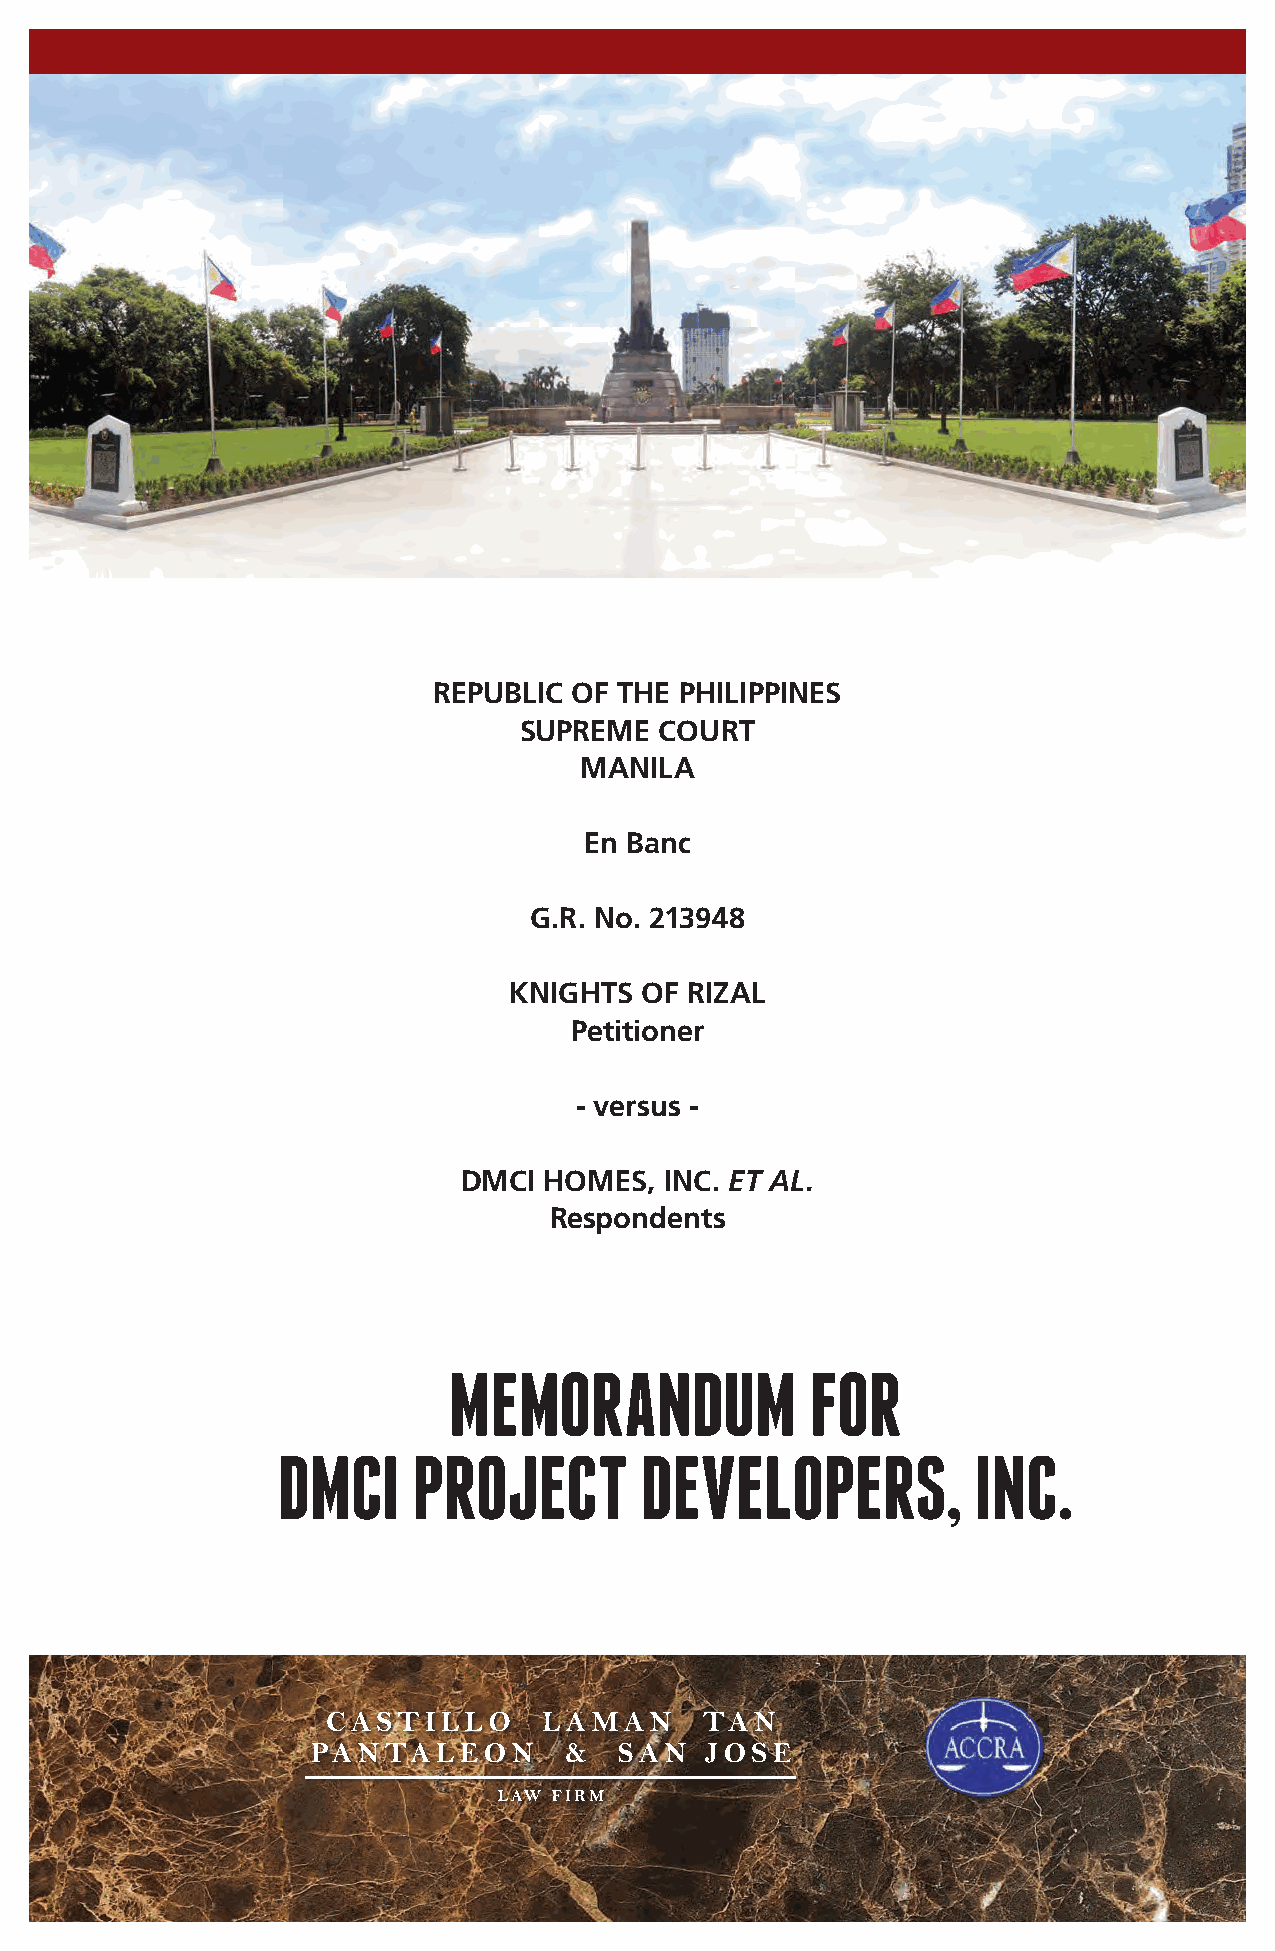
REPUBLIC OF THE PHILIPPINES
 SUPREME   COURT
 MANILA
 En Banc
 G.R. No. 213948
 KNIGHTS OF RIZAL
 Petitioner
 - versus -
 DMCI HOMES,  INC. ET AL.
 Respondents
 MEMORANDUM              FOR
 DMCI     PROJECT        DEVELOPERS,           INC.